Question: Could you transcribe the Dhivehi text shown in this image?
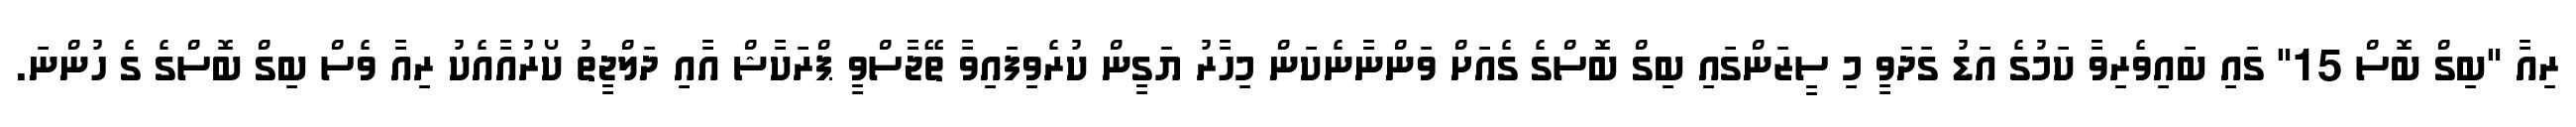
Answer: ރިއާ "ބިގް ބޮސް 15" ގައި ބައިވެރިވާ ކަމުގެ އަޑު ގަދަވީ މި ސީޒަންގައި ބިގް ބޮސްގެ ގެއަށް ވަންނާނެކަން މިހާރު ޔަގީން ކުރެވިފައިވާ ތޭޖާސްވީ ޕްރަކާޝް އާއި ދަލްޖީތު ކޯރުއާއެކު ރިއާ ވެސް ބިގް ބޮސްގެ ގެ ހުންނަ.